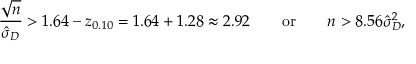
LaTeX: { \frac { \sqrt { n } } { { \hat { \sigma } } _ { D } } } > 1 . 6 4 - z _ { 0 . 1 0 } = 1 . 6 4 + 1 . 2 8 \approx 2 . 9 2 \qquad { \mathrm { o r } } \qquad n > 8 . 5 6 { \hat { \sigma } } _ { D } ^ { 2 } ,